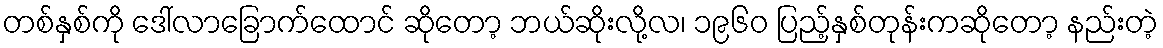
တစ်နှစ်ကို ဒေါ်လာခြောက်ထောင် ဆိုတော့ ဘယ်ဆိုးလို့လ၊ ၁၉၆၀ ပြည့်နှစ်တုန်းကဆိုတော့ နည်းတဲ့